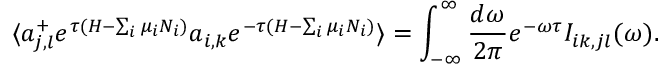
\langle a _ { j , l } ^ { + } e ^ { \tau ( H - \sum _ { i } \mu _ { i } N _ { i } ) } a _ { i , k } e ^ { - \tau ( H - \sum _ { i } \mu _ { i } N _ { i } ) } \rangle = \int _ { - \infty } ^ { \infty } \frac { d \omega } { 2 \pi } e ^ { - \omega \tau } I _ { i k , j l } ( \omega ) .